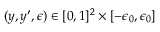
( y , y ^ { \prime } , \epsilon ) \in [ 0 , 1 ] ^ { 2 } \times [ - \epsilon _ { 0 } , \epsilon _ { 0 } ]